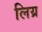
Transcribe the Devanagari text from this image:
लिय्र